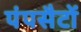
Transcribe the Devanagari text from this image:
पंपसैटों